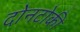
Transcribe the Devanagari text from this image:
दोनटोकी